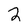
Character: 2